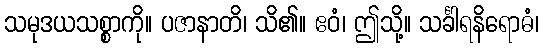
သမုဒယသစ္စာကို။ ပဇာနာတိ၊ သိ၏။ ဧဝံ၊ ဤသို့။ သင်္ခါရနိရောဓံ၊